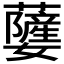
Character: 𮓃